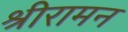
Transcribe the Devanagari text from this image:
श्रीरामन